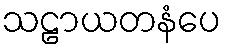
သဠာယတနံပေ